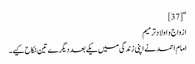
“[37]
ازواج و اولادترمیم
امام احمد نے اپنی زندگی میں یکے بعد دیگرے تین نکاح کیے۔